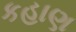
કહાણ